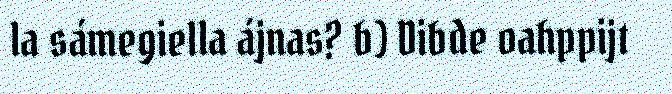
la sámegiella ájnas? b) Dibde oahppijt